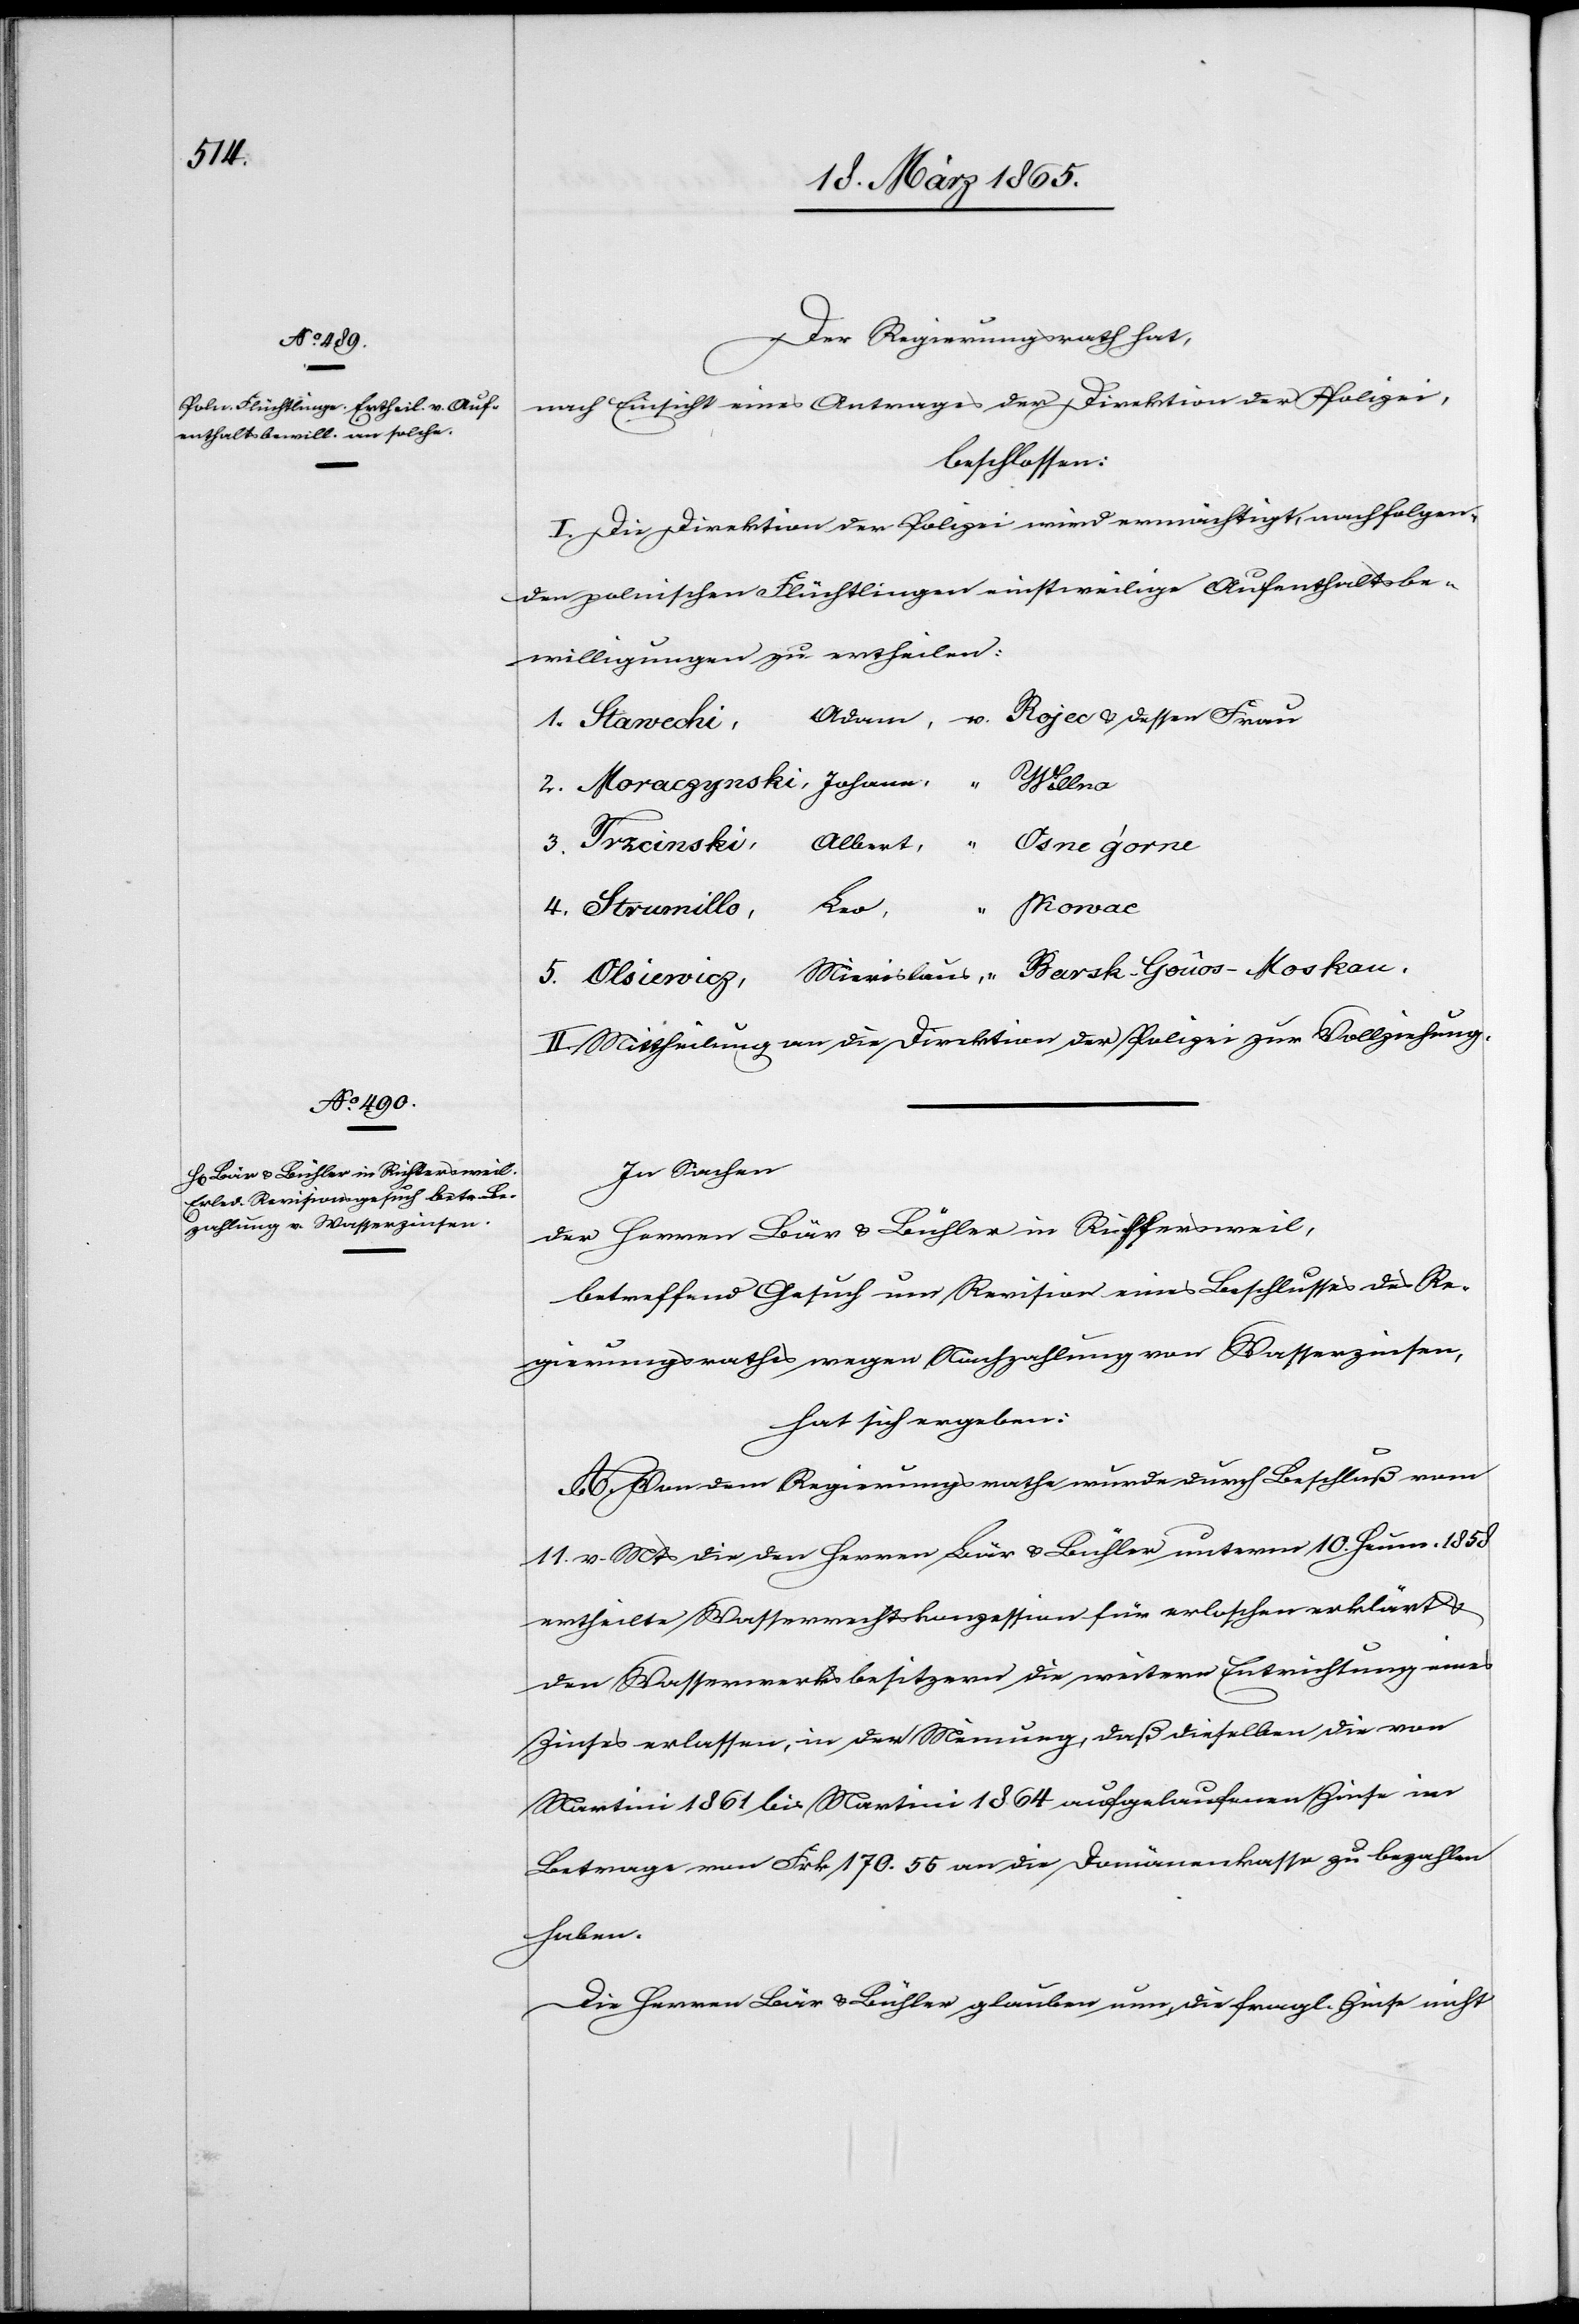
Der Regierungsrath hat,
nach Einsicht eines Antrages der Direktion der Polizei,
beschlossen:
I. Die Direktion der Polizei wird ermächtigt, nachfolgen¬
den polnischen Flüchtlingen einstweilige Aufenthaltsbe¬
willigungen zu ertheilen:
1. Stawechi, Adam,	v. Rojec & dessen Frau
2. Moraczynski, Johann,
eines
3. Trzcinski, Albert,	 “ Osnegorne
Kowac
5. Olsiewicz, Mierieslaus,	 “ Barsk-Goûos-Moskau.
II. Mittheilung an die Direktion der Polizei zur Vollziehung.
In Sachen
der Herren Bär & Bühler in Richtersweil,
betreffend Gesuch um Revision eines Beschlusses des Re¬
gierungsrathes wegen Nachzahlung von Wasserzinsen,
hat sich ergeben:
A. Von dem Regierungsrathe wurde durch Beschluß vom
11. v. Mts die den Herren Bär & Bühler unterm 10. Heum. 1858
ertheilte Wasserrechtskonzession für erloschen erklärt &
den Wasserwerksbesitzern die weitern [recte: weitere]
Zinses erlassen, in der Meinung, daß dieselben die von
Martini 1861 bis Martini 1864 aufgelaufenen Zinse im
Betrage von Frk. 170. 55 an die Domänenkasse zu bezahlen
haben.
Die Herren Bär & Bühler glauben nun die fragl. Zinse nicht